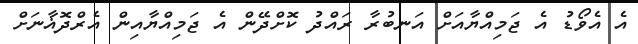
އެ އެވޯޑު އެ ޖަމިއްޔާއަށް އަނބުރާ ރައްދު ކޮށްދޭން އެ ޖަމިއްޔާއިން އެރްދޮޣާނަށް